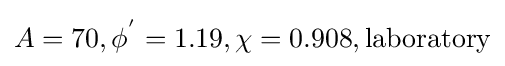
A=70,\phi ^{'}=1.19,\chi =0.908,{\text{laboratory}}